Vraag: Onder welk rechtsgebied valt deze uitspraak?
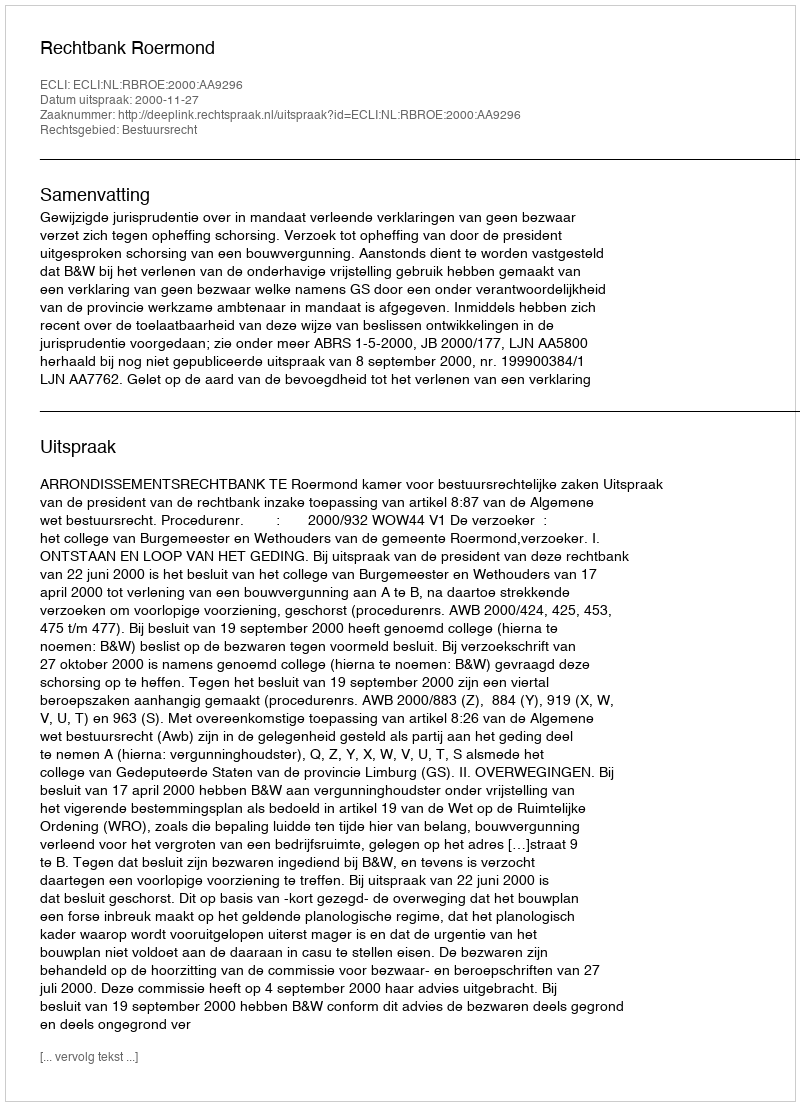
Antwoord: Bestuursrecht